Civil Veterinary Dept. Bombay admin report 1932-41 - 1932-1941
Year: 1932
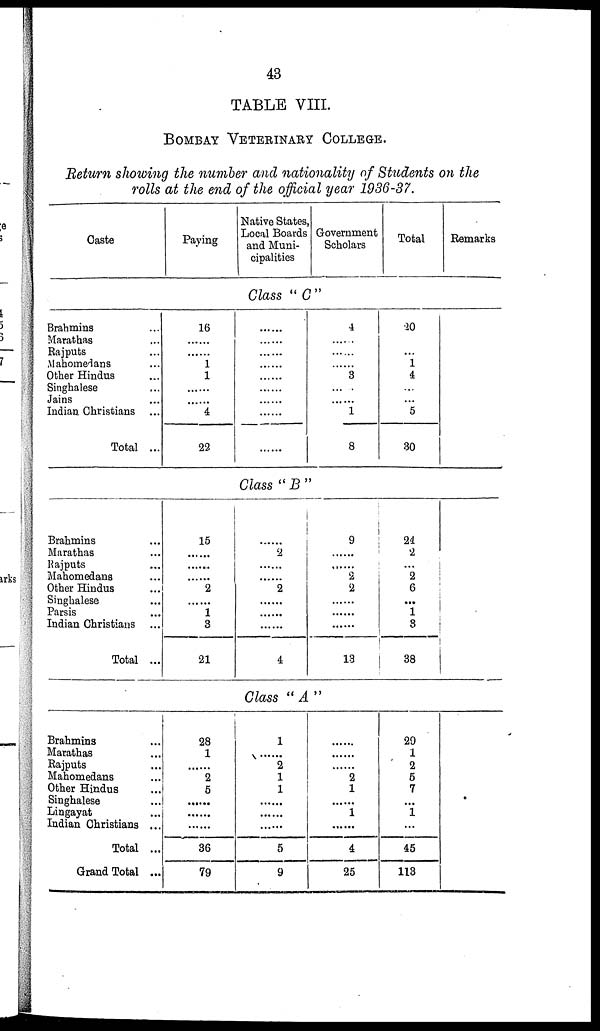
43
TABLE VIII.
BOMBAY VETERINARY COLLEGE
Return showing the number and nationality of Students on the
rolls at the end of the official year 1936-37.
Caste
Paying
Native States
Local Boards
and Muni-
cipalities
Government
Scholars
Total
Remarks
Class "C"
Brahmins ...
Marathas ...
Rajputs ...
Mahometans ...
Other Hindus ...
Singhalese ...
Jains ...
Indian Christians ...
Total ...
16
......
......
1
1
......
......
4
22
......
......
......
......
......
......
......
......
......
4
......
......
......
3
......
1
8
20
...
1
4
...
...
5
30
Class "B"
Brahmins ...
Marathas ...
Rajputs ...
Mahomedans ...
Other Hindus ...
Singhalese ...
Parsis ...
Indian Christians ...
Total ...
15
......
......
......
2
......
1
3
21
......
2
......
......
2
......
......
......
4
9
......
......
2
2
......
......
......
13
24
2
...
2
6
...
1
3
38
Class "A"
Brahmins ...
Marathas ...
Rajputs ...
Mahomedans ...
Other Hindus ...
Singhalese ...
Lingayat ...
Indian Christians ...
Total ...
Grand Total ...
28
1
......
2
5
......
......
......
36
79
1
......
2
1
1
......
......
......
5
9
......
......
......
2
1
......
1
......
4
25
29
1
2
5
7
...
1
...
45
113